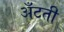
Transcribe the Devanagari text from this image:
अँटती